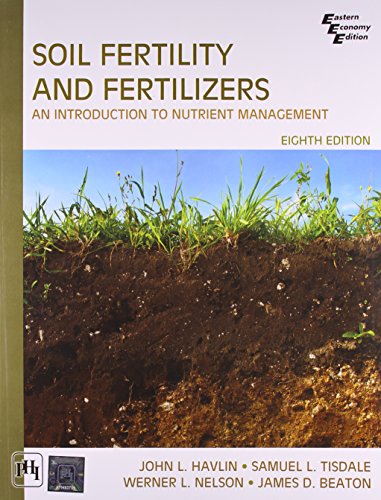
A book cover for Soil Fertility and Fertilizers (8th Edition); John L Havlin; Parenting & Relationships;